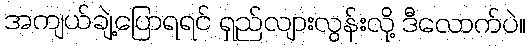
အကျယ်ချဲ့ပြောရရင် ရှည်လျားလွန်းလို့ ဒီလောက်ပဲ။